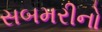
સબમરીનો